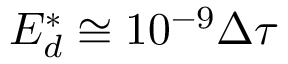
E _ { d } ^ { * } \cong 1 0 ^ { - 9 } \Delta \tau